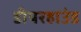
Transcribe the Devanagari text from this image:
डीयरहाउंड